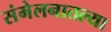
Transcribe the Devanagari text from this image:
संमेलनातल्या